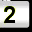
Digit: 2